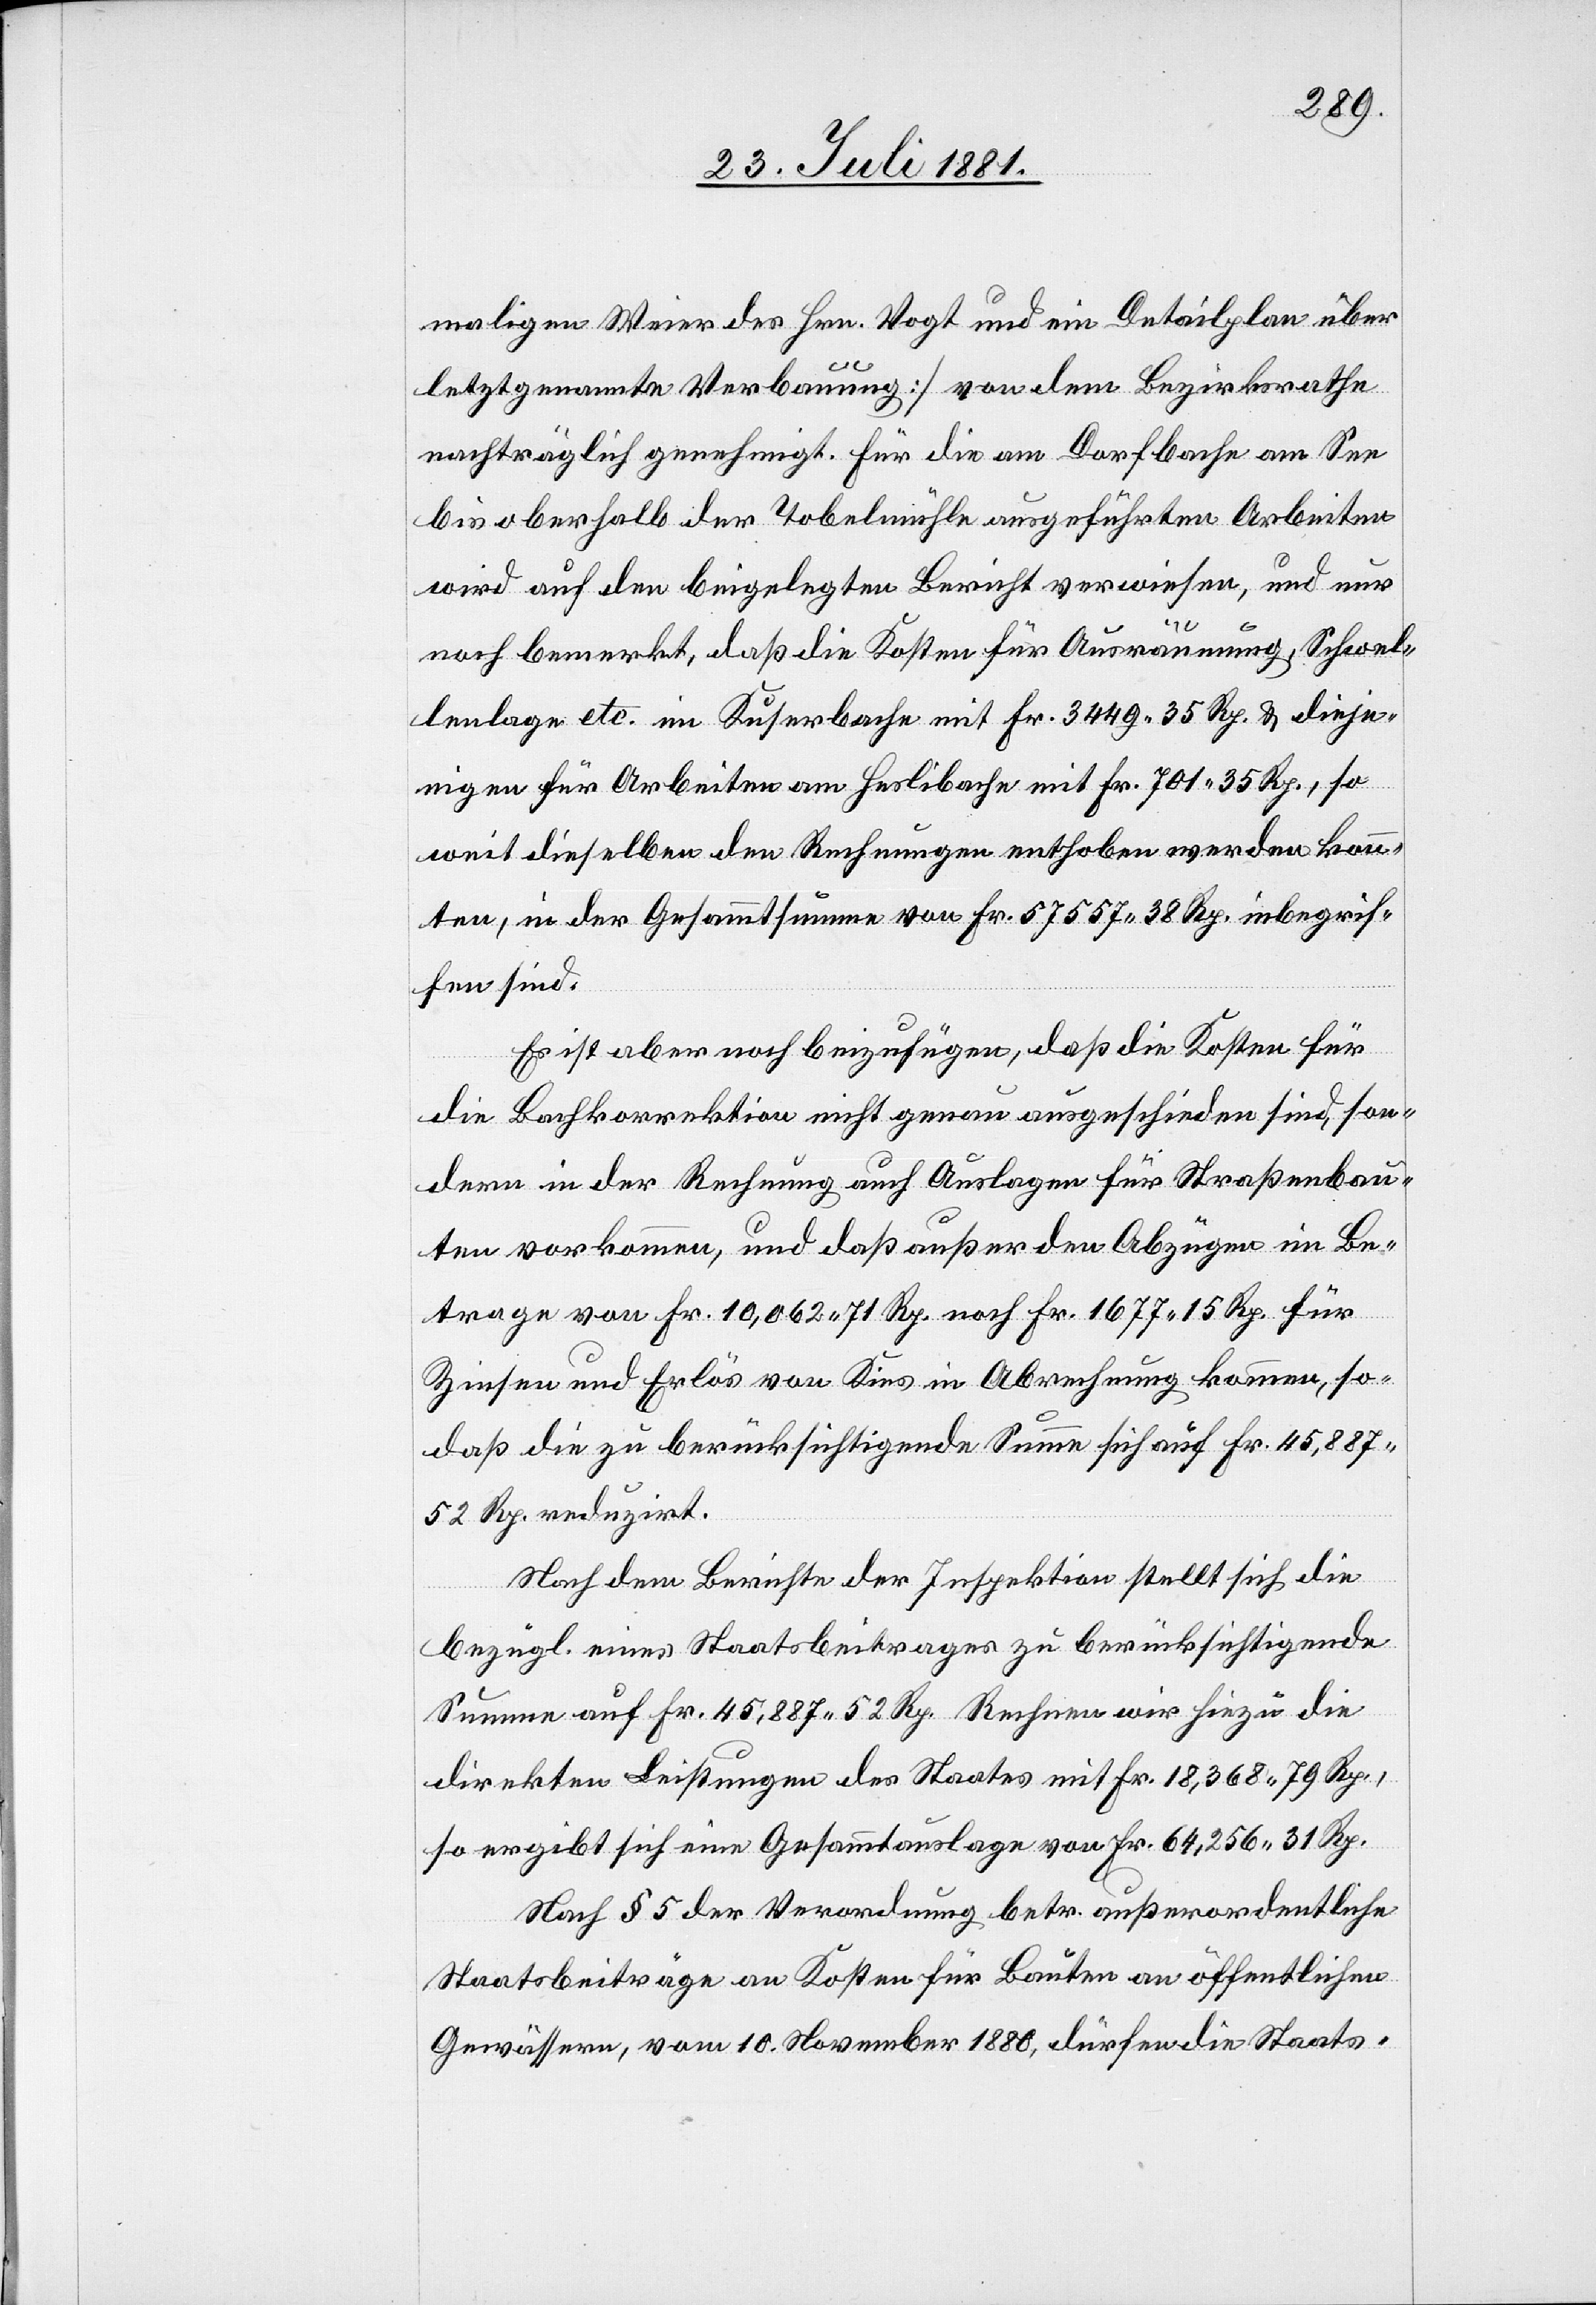
maligen Weier des Hrn. Vogt und ein Detailplan über
letztgenannte Verbauung] von dem Bezirksrathe
nachträglich genehmigt. Für die am Dorfbache am See
bis oberhalb der Tobelmühle ausgeführten Arbeiten
wird auf den beigelegten Bericht verwiesen, und nur
noch bemerkt, daß die Kosten für Ausräumung, Schwel¬
lenlage etc. im Kuserbache [sic!] mit Fr. 3449 35 Rp. & dieje¬
nigen für Arbeiten am Heslibache mit Fr. 701 35 Rp., so
weit dieselben den Rechnungen enthoben werden könn¬
ten, in der Gesammtsumme von Fr. 57 557 38 Rp. inbegrif¬
fen sind.
Es ist aber noch beizufügen, daß die Kosten für
die Bachkorrektion nicht genau ausgeschieden sind, son¬
dern in der Rechnung auch Auslagen für Straßenbau¬
ten vorkommen, und daß außer den Abzügen im Be¬
trage von Fr. 10,062 71 Rp. noch Fr. 1677 15 Rp für
Zinsen und Erlös von Kies in Abrechnung kommen, so¬
daß die zu berücksichtigende Summe sich auf Fr. 45,887
52 Rp reduzirt.
Nach dem Berichte der Inspektion stellt sich die
bezügl. eines Staatsbeitrages zu berücksichtigende
Summe auf Fr. 45,887 52 Rp. Rechnen wir hinzu die
direkten Leistungen des Staates mit Fr. 18,368 79 Rp.,
so ergibt sich eine Gesammtauslage von Fr. 64,256 31 Rp.
Nach § 5 der Verordnung betr. außerordentliche
Staatsbeiträge an Kosten für Bauten an öffentlichen¬
Gewässern, vom 10. November 1880, dürfen die Staats-